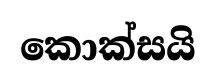
කොක්සයි